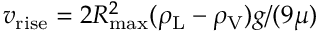
v _ { \mathrm { r i s e } } = 2 R _ { \mathrm { m a x } } ^ { 2 } ( \rho _ { \mathrm { L } } - \rho _ { \mathrm { V } } ) g / ( 9 \mu )